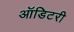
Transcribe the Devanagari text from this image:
ऑडिटरी